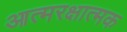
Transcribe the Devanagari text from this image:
आत्मरक्षात्मक